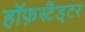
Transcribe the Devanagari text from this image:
हॉफ़स्टैड्टर